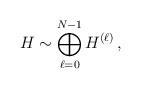
LaTeX: \begin{align*}H \sim \bigoplus_{\ell=0}^{N-1} H^{(\ell)} \,,\end{align*}